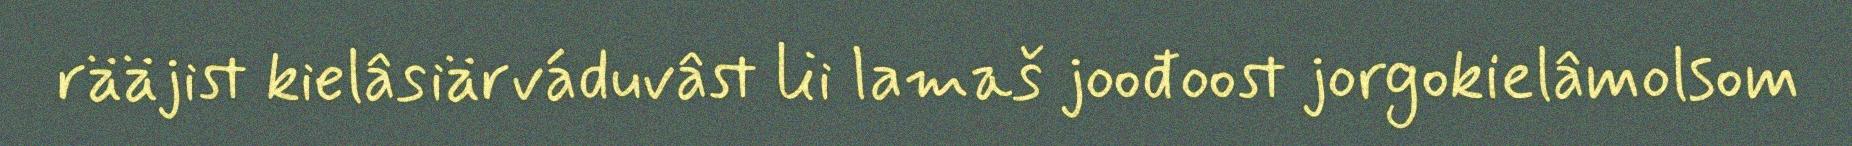
rääjist kielâsiärváduvâst lii lamaš joođoost jorgokielâmolsom